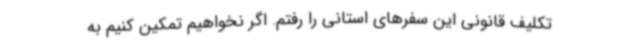
تکلیف قانونی این سفرهای استانی را رفتم. اگر نخواهیم تمکین کنیم به